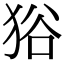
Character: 𤞞